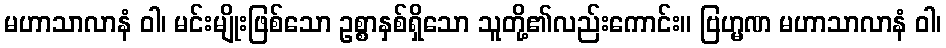
မဟာသာလာနံ ဝါ၊ မင်းမျိုးဖြစ်သော ဥစ္စာနှစ်ရှိသော သူတို့၏လည်းကောင်း။ ဗြဟ္မဏ မဟာသာလာနံ ဝါ၊